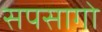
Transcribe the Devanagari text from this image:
सपसागो